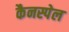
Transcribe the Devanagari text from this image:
कैनस्पेल